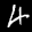
Label: 4